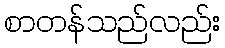
စာတန်သည်လည်း